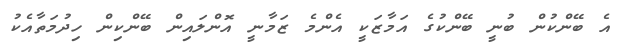
އެ ބޭންކުން ބުނީ ބޭންކުގެ އަމާޒަކީ އެންމެ ޒަމާނީ އޮންލައިން ބޭންކިން ހިދުމަތާއެކު